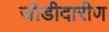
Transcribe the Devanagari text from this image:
जोडीदारीण